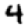
Digit: 4